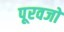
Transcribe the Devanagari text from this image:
पूरवजो